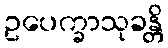
ဥပေက္ခာသုခန္တိ